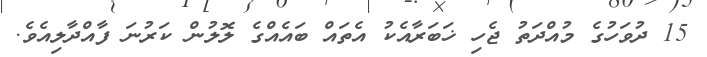
15 ދުވަހުގެ މުއްދަތު ޖެހި ޚަބަރާއެކު އެތައް ބައެއްގެ ލޮލުން ކަރުނަ ފާއްދާލިއެވެ.